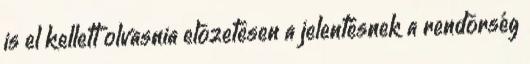
is el kellett olvasnia elõzetesen a jelentésnek a rendõrség